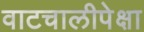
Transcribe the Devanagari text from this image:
वाटचालीपेक्षा